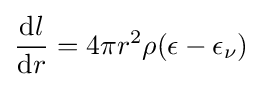
{{\mbox{d}}l \over {\mbox{d}}r}=4\pi r^{2}\rho (\epsilon -\epsilon _{\nu })